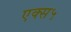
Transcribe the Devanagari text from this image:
एक्स५